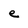
Character: e